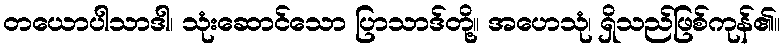
တယောပါသာဒါ၊ သုံးဆောင်သော ပြာသာဒ်တို့။ အဟေသုံ၊ ရှိသည်ဖြစ်ကုန်၏။